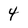
Character: 4